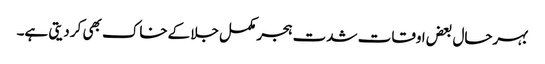
بہرحال بعض اوقات شدت ہجر مکمل جلا کےخاک بھی کر دیتی ہے۔